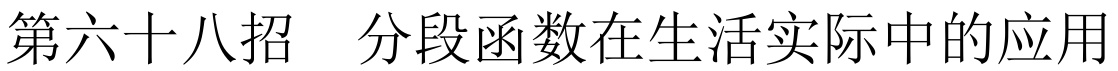
第六十八招  分段函数在生活实际中的应用